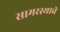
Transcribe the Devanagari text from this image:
सामरस्याचे